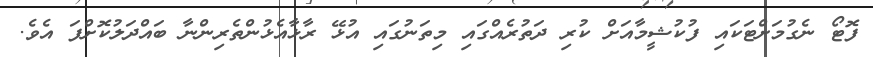
ފޮޓޯ ނެގުމަށްޓަކައި ފުކުޝީމާއަށް ކުރި ދަތުރެއްގައި މިތަނުގައި އުޅޭ ރާޅާއެޅުންތެރިންނާ ބައްދަލުކޮށްފަ އެވެ.